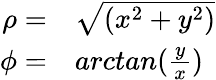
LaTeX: \begin{array}{rl}{\rho=}&{{}\sqrt{(x^{2}+y^{2})}}\\ {\phi=}&{{}arctan(\frac{y}{x})}\end{array}